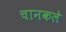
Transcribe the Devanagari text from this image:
चानकले